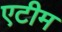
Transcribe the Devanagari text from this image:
एटीम